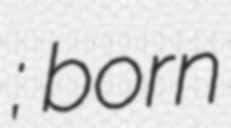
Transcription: المختاري; born